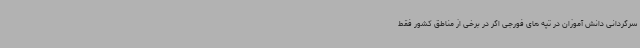
سرگردانی دانش آموزان در تپه های فورجی اگر در برخی از مناطق کشور فقط